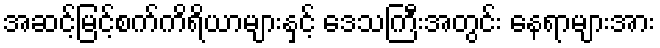
အဆင့်မြင့်စက်ကိရိယာများနှင့် ဒေသကြီးအတွင်း နေရာများအား